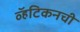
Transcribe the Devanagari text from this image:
व्हॅटिकनची